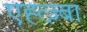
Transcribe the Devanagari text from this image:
एह्त्ज़्बा